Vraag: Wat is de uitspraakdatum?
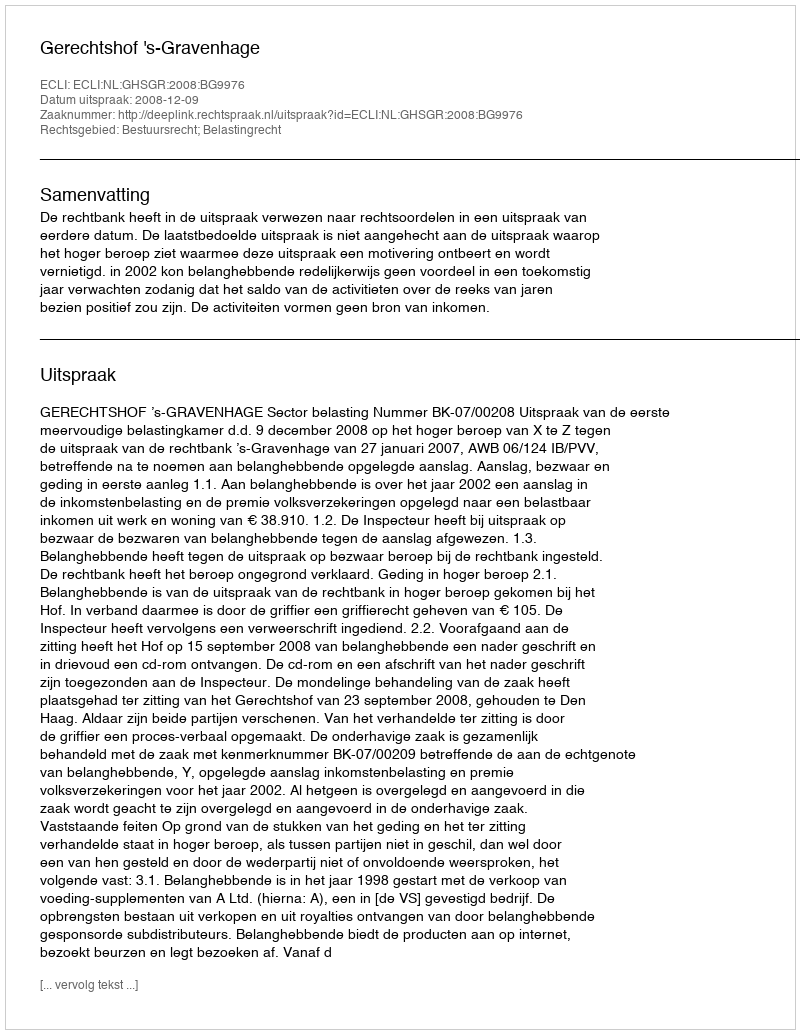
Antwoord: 2008-12-09